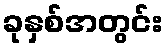
ခုနှစ်အတွင်း